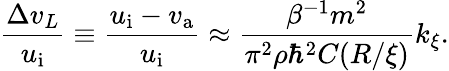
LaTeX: \frac{\Delta v_{L}}{u_{\mathrm{i}}}\equiv\frac{u_{\mathrm{i}}-v_{\mathrm{a}}}{u_{\mathrm{i}}}\approx\frac{\beta^{-1}m^{2}}{\pi^{2}\rho\hbar^{2}C(R/\xi)}k_{\xi}.